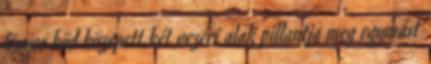
fényes köd közepett két vezéri alak pillantja meg egymást